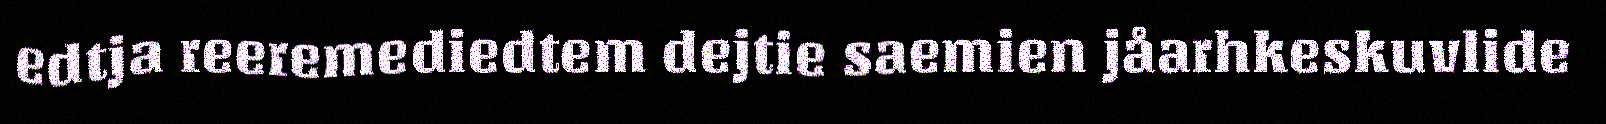
edtja reeremediedtem dejtie saemien jåarhkeskuvlide